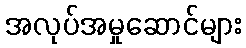
အလုပ်အမှုဆောင်များ